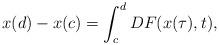
LaTeX: \begin{align*}x(d)-x(c)=\int_{c}^{d}DF(x(\tau),t),\end{align*}